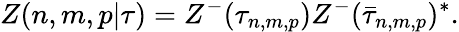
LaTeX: Z(n,m,p|\tau)=Z^{-}(\tau_{n,m,p})Z^{-}(\bar{\tau}_{n,m,p})^{*}.